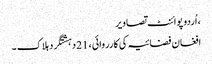
، اُردو پوائنٹ تصاویر
افغان فضائیہ کی کارروائی ، 21 دہشتگرد ہلاک ۔